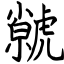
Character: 虩